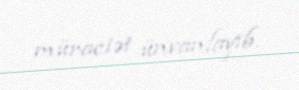
müraciət ünvanlayıb.